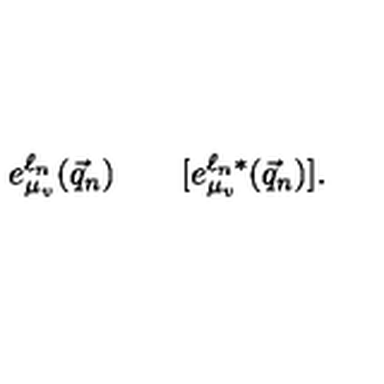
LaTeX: e _ { \mu _ { v } } ^ { \ell _ { n } } ( \vec { q } _ { n } ) \qquad [ e _ { \mu _ { v } } ^ { \ell _ { n } * } ( \vec { q } _ { n } ) ] .